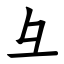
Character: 彑